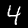
Digit: 4